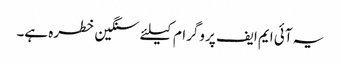
یہ آئی ایم ایف پروگرام کیلئے سنگین خطرہ ہے۔